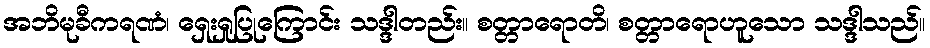
အဘိမုခီကရဏံ၊ ရှေးရှုပြုကြောင်း သဒ္ဒါတည်း။ စတ္တာရောတိ၊ စတ္တာရောဟူသော သဒ္ဒါသည်။